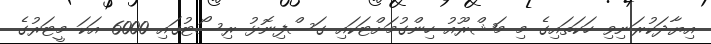
އިޔާދަކުރަނިވި ހަކަތައިގެ މި މަޝްރޫއު ހިންގުމަށްޓަކައި ގަސްފިނޮޅު ރިސޯޓުގައި 6000 އަކަ މީޓަރުގެ